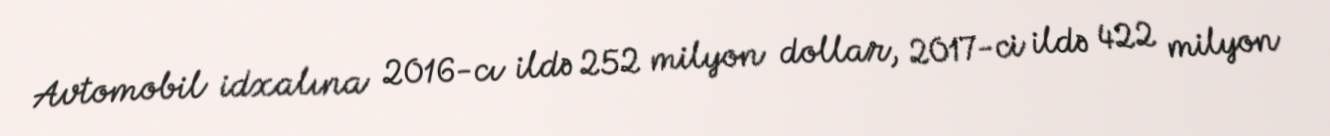
Avtomobil idxalına 2016-cı ildə 252 milyon dollar, 2017-ci ildə 422 milyon